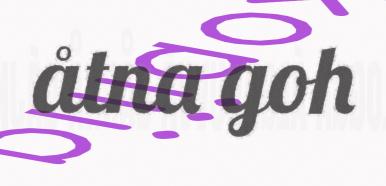
åtna goh